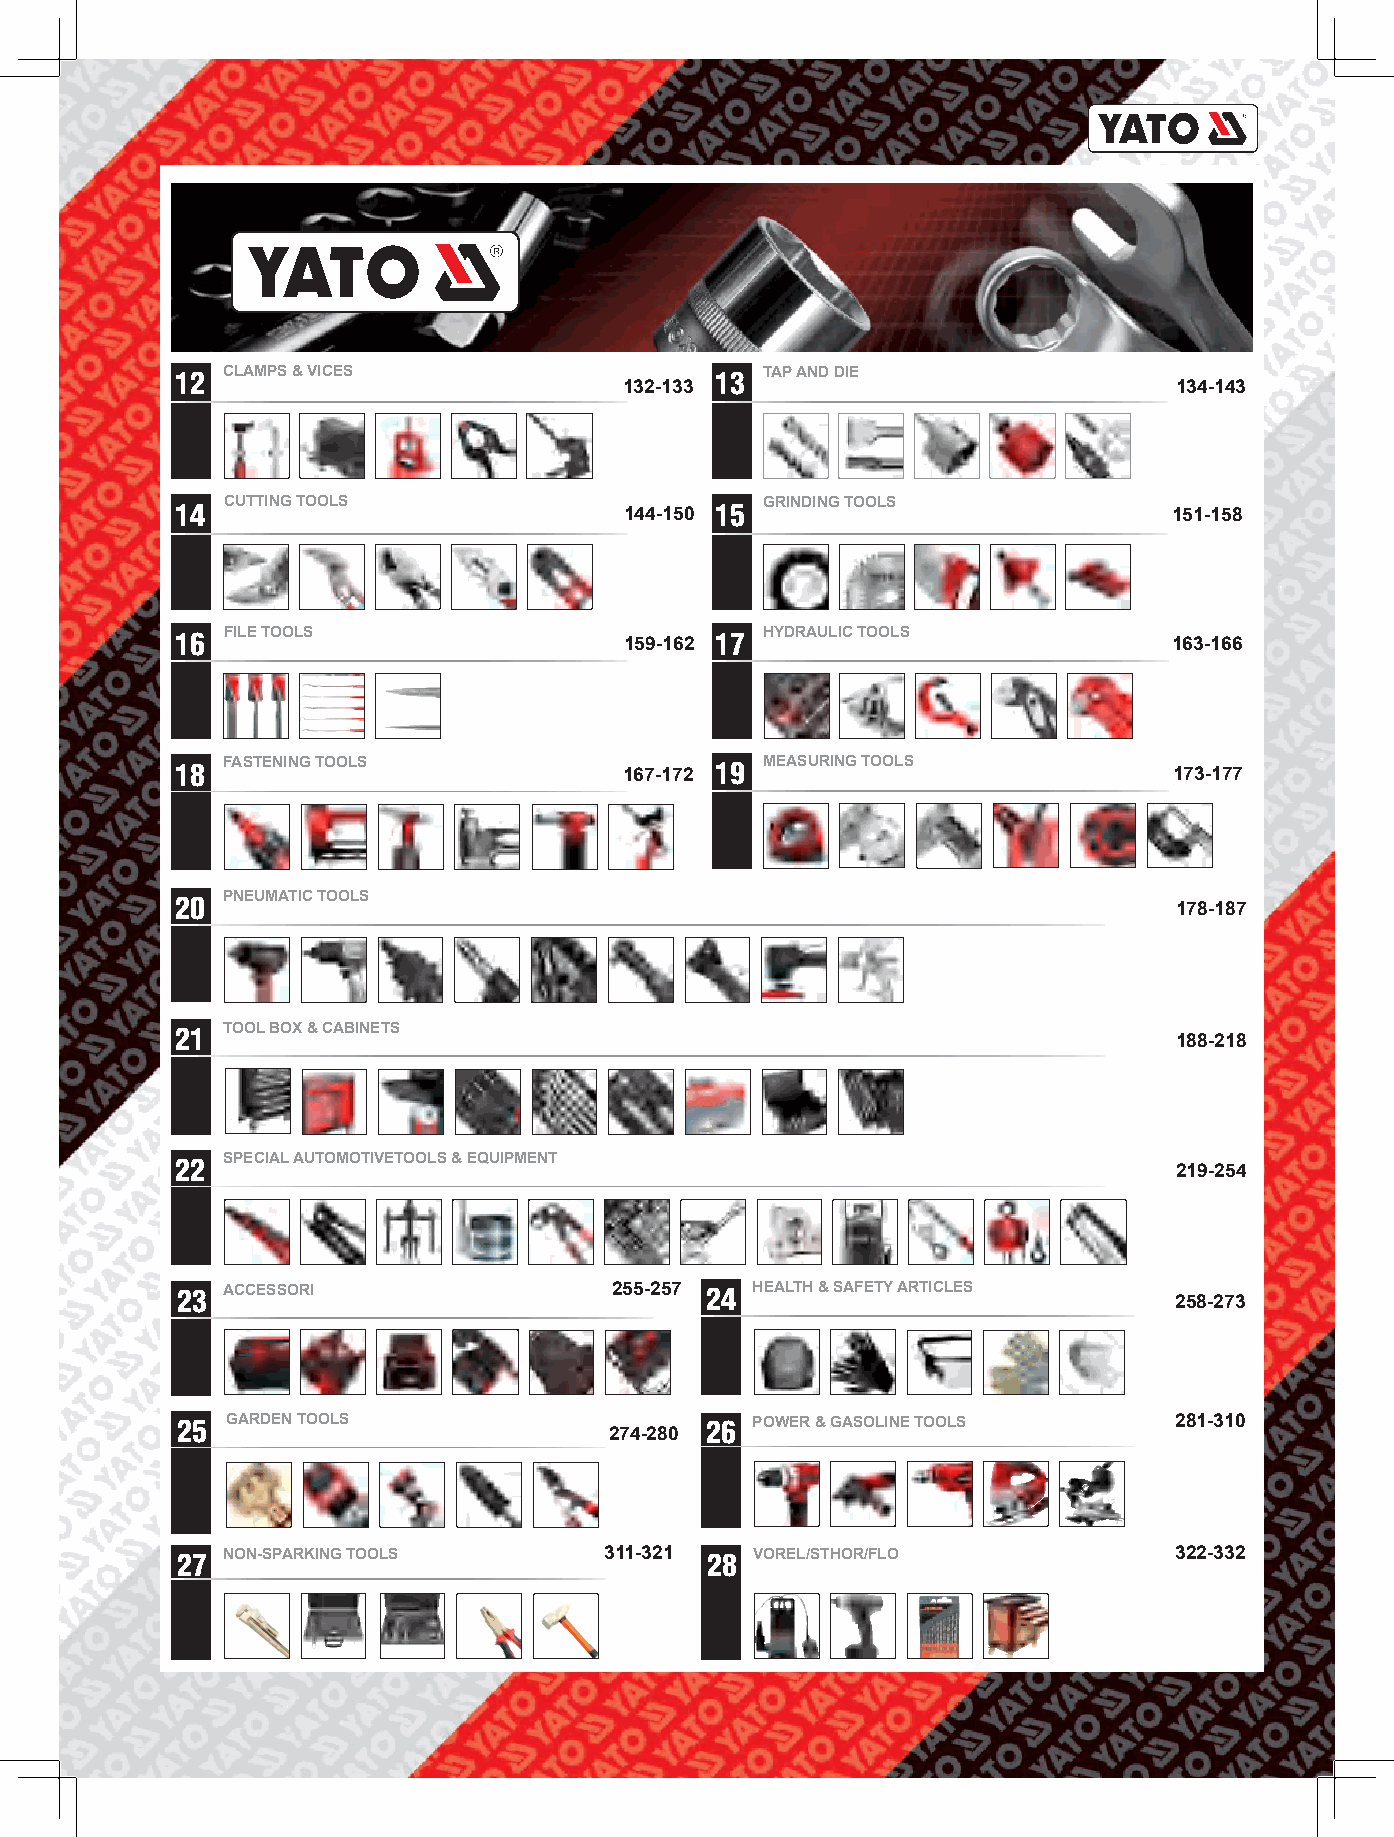
12 CLAMPS & VICES                  13  TAP AND DIE
 132-133                              134-143
 14 C U T T I N G T O O L S   144-150 15 G R I N D I N G T O O L S 151-158
 16 FILE TOOLS                      17  HYDRAULIC TOOLS
 159-162                              163-166
 18 F A S T E N I N G T O O L S 167-172 19 M E A S U R I N G T O O L S 173-177
 20 PNEUMATIC TOOLS
 178-187
 21 TOOL BOX & CABINETS
 188-218
 22 SPECIAL AUTOMOTIVETOOLS & EQUIPMENT
 219-254
 23 ACCESSORI                 255-257 24 HEALTH & SAFETY ARTICLES
 258-273
 25 GARDEN TOOLS                    26 POWER & GASOLINE TOOLS      281-310
 274-280
 27 NON-SPARKING TOOLS       311-321 28 VOREL/STHOR/FLO            322-332